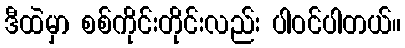
ဒီထဲမှာ စစ်ကိုင်းတိုင်းလည်း ပါဝင်ပါတယ်။